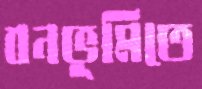
বনভূমিতে